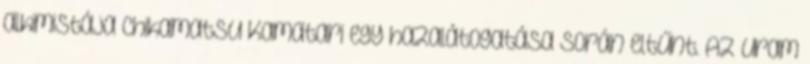
alkimistája Chikamatsu Kamatari egy hazalátogatása során eltűnt. Az uram